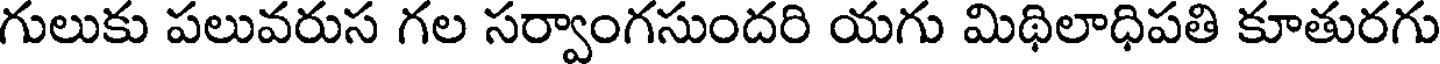
గులుకు పలువరుస గల సర్వాంగసుందరి యగు మిథిలాధిపతి కూతురగు